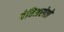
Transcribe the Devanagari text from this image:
पेचिअरोत्तो